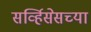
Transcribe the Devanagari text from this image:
सर्व्हिसेसच्या